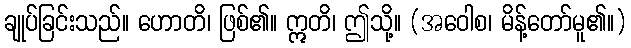
ချုပ်ခြင်းသည်။ ဟောတိ၊ ဖြစ်၏။ ဣတိ၊ ဤသို့။ (အဝေါစ၊ မိန့်တော်မူ၏။)